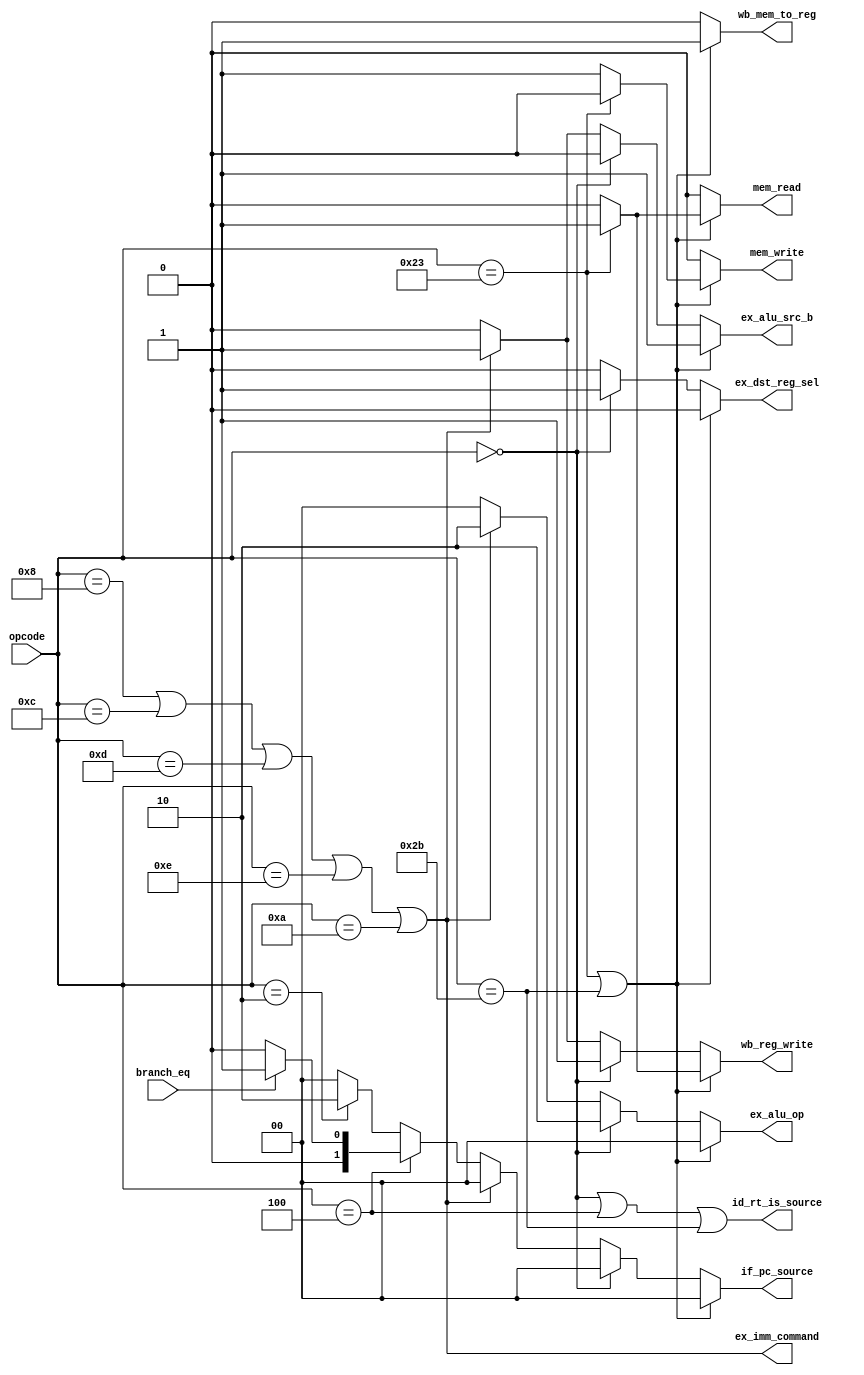
module control( input [5:0]      opcode,
                input            branch_eq,       // result of comparison for conditional branch

                output reg [1:0] if_pc_source,
                output           id_rt_is_source, // rt is source

                output           ex_imm_command,
                output reg       ex_alu_src_b,
                output reg       ex_dst_reg_sel,
                output reg [1:0] ex_alu_op,
                output reg       mem_read,
                output reg       mem_write,
                output reg       wb_mem_to_reg,
                output reg       wb_reg_write );

     //opcodes
     localparam     LW    = 6'b100011, 
                    SW    = 6'b101011, 
                    BEQ   = 6'b000100, 
                    RTYPE = 6'b0, 
                    J     = 6'd2,
                    JAL   = 6'd3,			
                    ADDI  = 6'b001000, 
                    ANDI  = 6'b001100, 
                    ORI   = 6'b001101, 
                    XORI  = 6'b001110, 
                    SLTI  = 6'b001010;  
     //--------------------------------
   
     reg memory_op;
     reg r_type_op;
     reg immediate_op;
     reg branch_op;
     reg jump_op;
   
     assign ex_imm_command = immediate_op;
     assign id_rt_is_source = (r_type_op | branch_op | opcode == SW);
                         
     always @* begin
     //default values
          if_pc_source   = 0;
          ex_alu_src_b   = 0;
          ex_dst_reg_sel = 0;
          ex_alu_op      = 0;
          mem_read       = 0;
          mem_write      = 0;
          wb_mem_to_reg  = 0;
          wb_reg_write   = 0;

          memory_op    = ( (opcode == LW) | (opcode == SW) );
          r_type_op    = ( opcode == RTYPE );
          branch_op    = ( opcode == BEQ );
          immediate_op = ( (opcode == ADDI) | (opcode == ANDI) | (opcode == ORI) | (opcode == XORI) | (opcode == SLTI) );
          jump_op      = ( opcode == J);
        
          if (memory_op) begin
               ex_alu_src_b   = 1'b1;  // select sign_extend_offset input
               ex_dst_reg_sel = 1'b0;  // rt
               ex_alu_op      = 2'b00; // add op
               wb_mem_to_reg  = 1'b1;  // select mem_out
           
               if ( opcode == LW ) begin
                    mem_read = 1'b1;
                    wb_reg_write = 1'b1;              
               end
               else 
                    mem_write = 1'b1;       // opcode == SW 
          end
          else if (r_type_op) begin
               ex_alu_src_b = 1'b0;    // select B input
               ex_dst_reg_sel = 1'b1;  // rd
               ex_alu_op = 2'b10;      // operaction defined by func code
           
               wb_mem_to_reg = 1'b0;   // alu_out
               wb_reg_write  = 1'b1;   // write result to regfile           
          end
          else if (immediate_op) begin
               ex_alu_src_b = 1'b1;    // select sign_extend_offset input
               ex_dst_reg_sel = 1'b0;  // rt
               ex_alu_op = 2'b10;      // operation defined by function code

               wb_mem_to_reg = 1'b0;   // alu_out
               wb_reg_write = 1'b1;           
          end
          else if (branch_op) begin
               if (branch_eq) 
                    if_pc_source = 2'b01; // PC <= branch_addr
               else 
                    if_pc_source = 2'b00;
           
          end
          else if (jump_op)
               if_pc_source = 2'b10;  // PC <= jump_addr
          else begin
               //NOP
          end
     end
   
endmodule